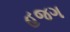
હજગ